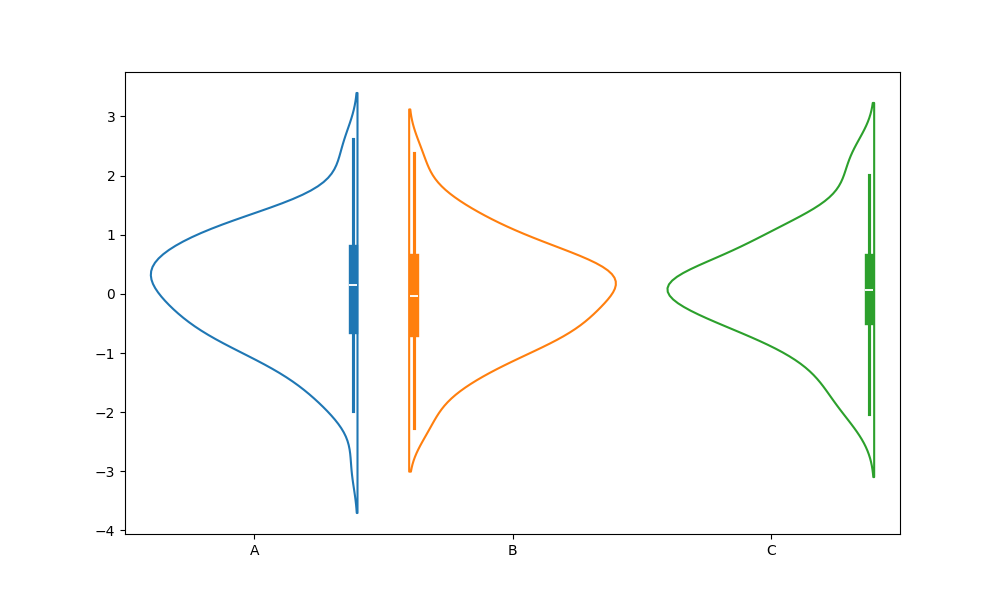
python, seaborn, violinplot, scale='count', split='True', inner='box', fill='False'